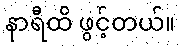
နာရီထိ ဖွင့်တယ်။